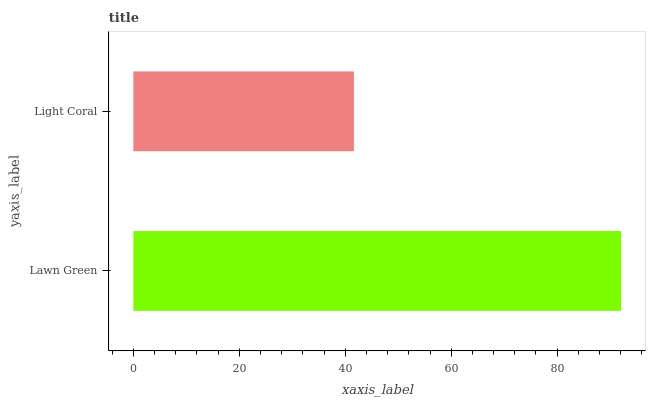
| yaxis_label | bars |
 | --- | --- |
 | Lawn Green | 92.1 |
 | Light Coral | 41.6 |